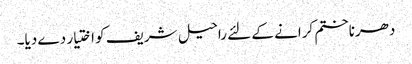
دھرناختم کرانے کے لئے راحیل شریف کو اختیار دے دیا۔